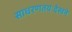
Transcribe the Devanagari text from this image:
साधरणतयःदेखने